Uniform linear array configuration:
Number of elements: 64
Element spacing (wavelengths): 0.5
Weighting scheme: cosine
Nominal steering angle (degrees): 15
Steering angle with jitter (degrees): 15.128
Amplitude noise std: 0.05
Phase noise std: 0.05

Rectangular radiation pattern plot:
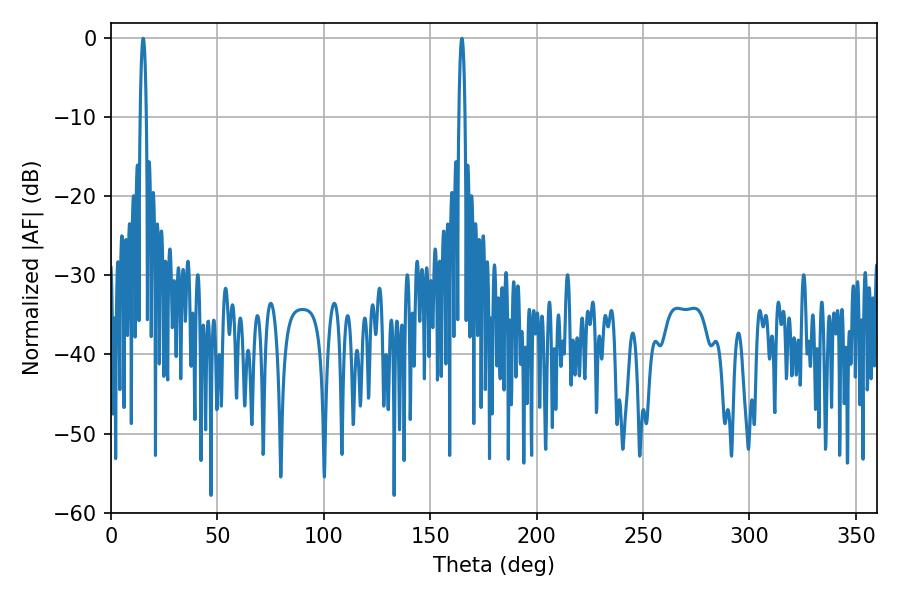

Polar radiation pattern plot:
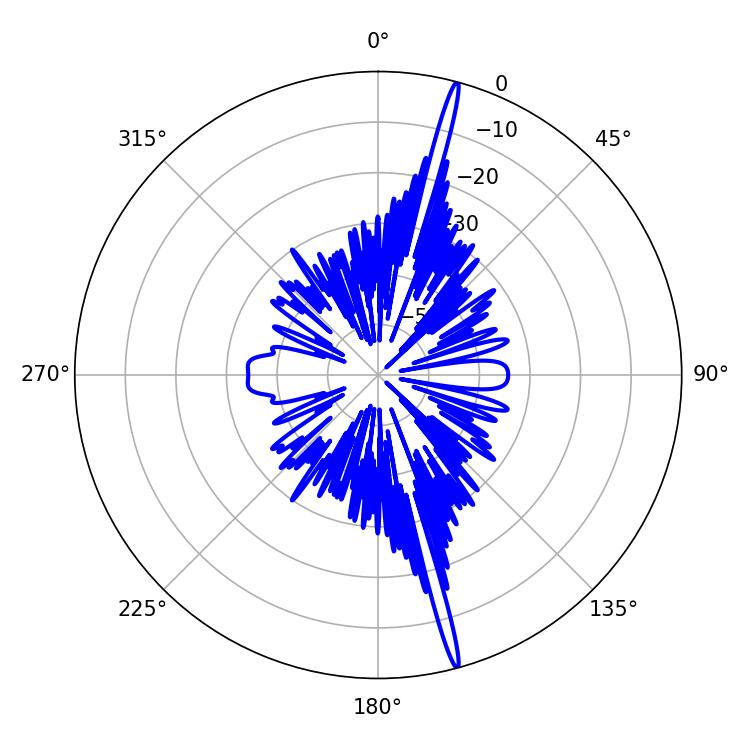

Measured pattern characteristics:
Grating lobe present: FALSE
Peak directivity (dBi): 20.688
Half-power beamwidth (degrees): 1.44
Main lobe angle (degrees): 15.12